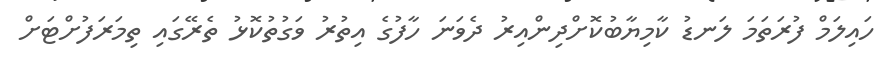
ހައިލަމް ފުރަތަމަ ލަނޑު ކާމިޔާބުކޮށްދިންއިރު ދެވަނަ ހާފުގެ އިތުރު ވަގުތުކޮޅު ތެރޭގައި ތިމަރަފުށްޓަށް